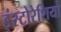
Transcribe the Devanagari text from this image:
इंस्टोरेशियो